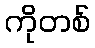
ကိုတစ်